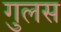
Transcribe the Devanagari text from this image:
गुलस